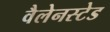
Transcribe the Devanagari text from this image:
वैलेनस्टेड